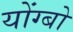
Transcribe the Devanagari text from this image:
योंग्बो